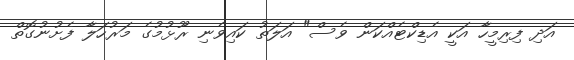
އަދި ފިރިމީހާ އަކީ އެޑިކްޓެއްކަން ވެސް" އަލަތު ކައިވެނި ރޫޅުމުގެ މަރުހަލާ ފެށުނުގޮތް